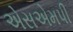
એસએમપી